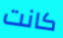
كانت